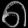
Digit: ၈